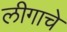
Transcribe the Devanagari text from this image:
लीगाचे